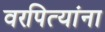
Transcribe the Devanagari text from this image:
वरपित्यांना